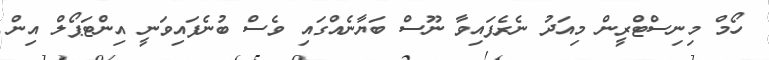
ހޯމް މިނިސްޓްރީން މިއަދު ނެރެފައިވާ ނޫސް ބަޔާނެއްގައި ވެސް ބުނެފައިވަނީ އިންޓަޕޯލް އިން